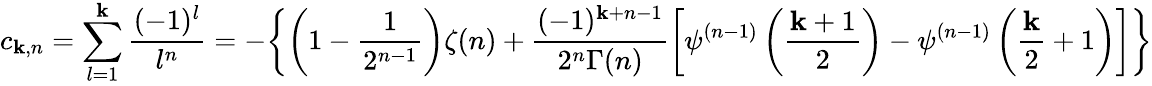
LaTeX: c_{\mathbf{k},n}=\sum_{l=1}^{\mathbf{k}}\frac{{(-1)^{l}}}{{l^{n}}}=-\biggl\{ \left(1-\frac{{1}}{{2^{n-1}}}\right)\zeta(n)+\frac{{(-1)^{\mathbf{k}+n-1}}}{{2^{n}\Gamma(n)}}\biggl[\psi^{(n-1)}\left(\frac{{\mathbf{k}+1}}{{2}}\right)-\psi^{(n-1)}\left(\frac{{\mathbf{k}}}{{2}}+1\right)\biggr]\biggr\}